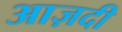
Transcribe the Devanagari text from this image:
आज़दी